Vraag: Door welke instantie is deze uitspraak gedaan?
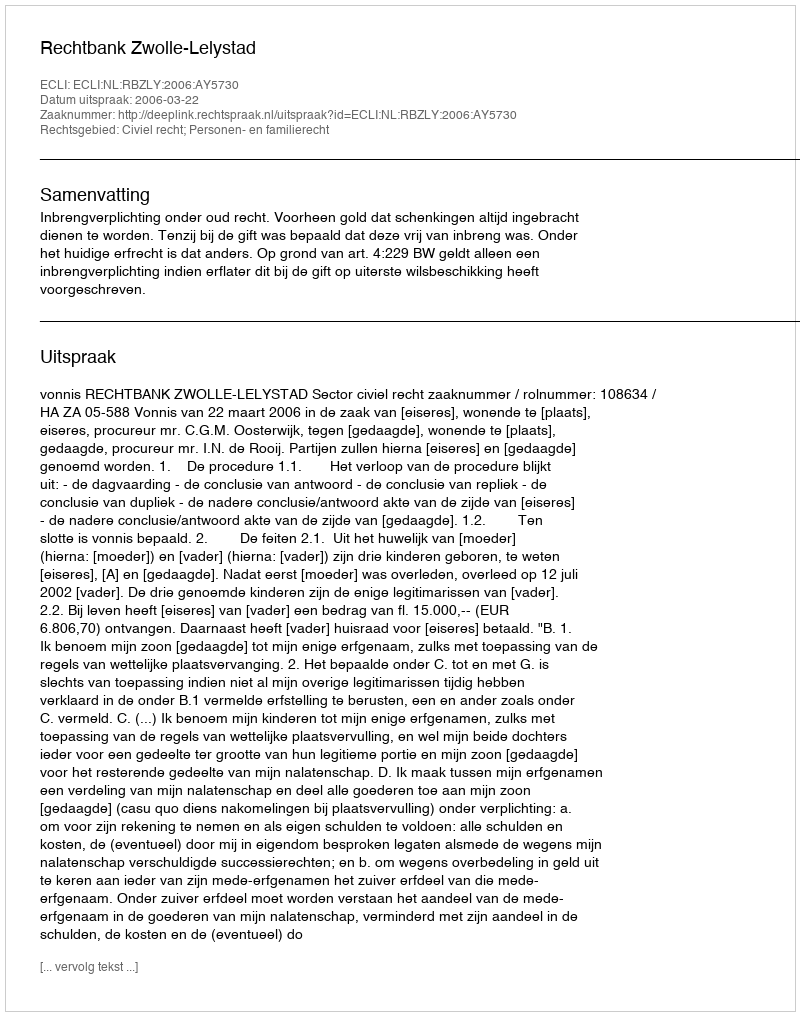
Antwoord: Rechtbank Zwolle-Lelystad